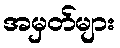
အမှတ်များ